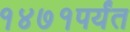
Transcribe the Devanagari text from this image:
१४७१पर्यंत